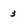
Character: 3